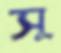
সূ